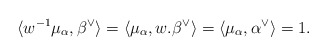
\begin{align*} \langle w^{-1}\mu_\alpha, \beta^\vee\rangle = \langle \mu_\alpha, w.\beta^\vee\rangle = \langle \mu_\alpha, \alpha^\vee\rangle = 1. \end{align*}